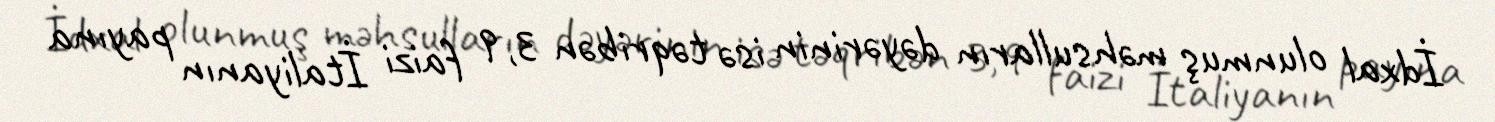
İdxal olunmuş məhsulların dəyərinin isə təqribən 3,9 faizi İtaliyanın payına